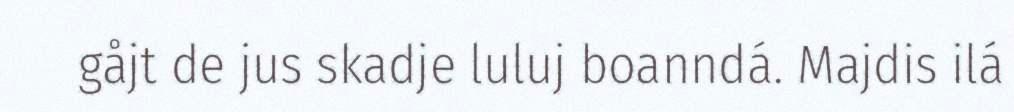
gåjt de jus skadje luluj boanndá. Majdis ilá